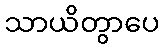
သာယိတွာပေ